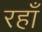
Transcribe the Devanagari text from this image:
रहाँ